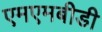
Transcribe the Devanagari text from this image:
एमएमबीडी